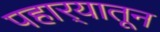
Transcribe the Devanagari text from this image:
पहार्‍यातून